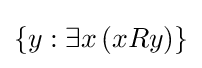
\left\{y:\exists x\left(xRy\right)\right\}